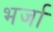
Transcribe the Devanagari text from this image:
भर्जा